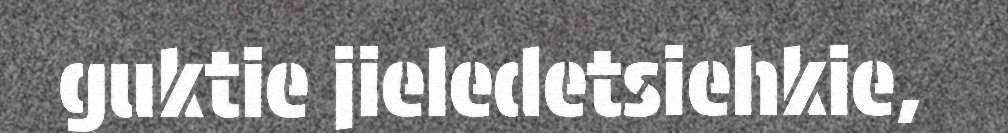
guktie jieledetsiehkie,